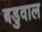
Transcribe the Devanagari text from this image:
बडुवाल